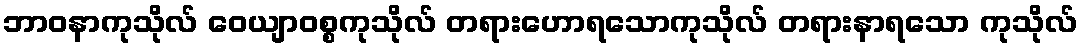
ဘာဝနာကုသိုလ် ဝေယျာဝစ္စကုသိုလ် တရားဟောရသောကုသိုလ် တရားနာရသော ကုသိုလ်